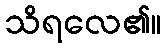
သိရလေ၏။